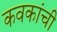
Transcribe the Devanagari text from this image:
कवकांची